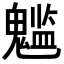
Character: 𩴌